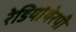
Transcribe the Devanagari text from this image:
रेडियोथेरपी